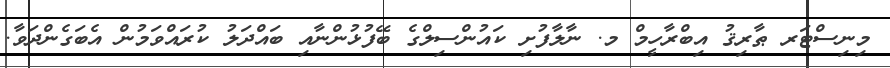
މިނިސްޓަރ ޠާރިޤު އިބްރާހީމް މ. ނާލާފުށި ކައުންސިލްގެ ބޭފުޅުންނާއި ބައްދަލު ކުރައްވަމުން އެބަގެންދަވާ.